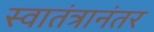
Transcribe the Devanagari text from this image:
स्वातंत्रानंतर